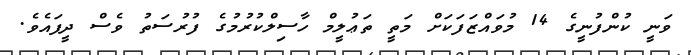
ވަނީ ކުންފުނީގެ 14 މުވައްޒަފަކަށް މަތީ ތަޢުލީމް ހާސިލްކުރުމުގެ ފުރުސަތު ވެސް ދީފައެވެ.